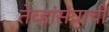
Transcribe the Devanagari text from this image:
तेव्हांसंघाची